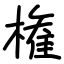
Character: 権